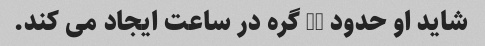
شاید او حدود 25 گره در ساعت ایجاد می کند.